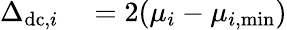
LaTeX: \begin{array}{rl}{\Delta_{\mathrm{dc},i}}&{{}=2(\mu_{i}-\mu_{i,\mathrm{min}})}\end{array}